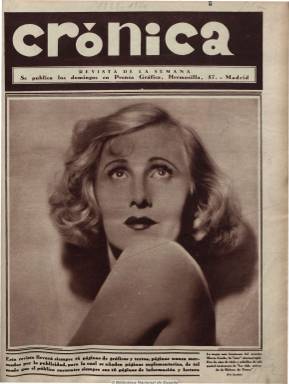
Título: Crónica (Madrid. 1929)
Colección: Revistas de información general
Ámbito geográfico: Madrid
Lugar de publicación: Madrid
Fechas: 17/11/1929-11/12/1938

Una de las revistas gráficas más importantes del periodo y de mayor tirada (hasta los 200.000 ejemplares), que aparece al final de la dictadura de Primo de Rivera junto a Estampa, que había empezado a publicarse un año antes, y con la que establece una competencia directa, desapareciendo ambas en plena guerra civil, en 1938. Fue dirigida por Antonio González Linares (1875-1945), tras su estancia como corresponsal en París, quien aplicó los modelos de los magazines franceses y alemanes ya establecidos, introduciendo en ella las corrientes de vanguardia en la edición y en la profusa utilización de fotografías con escuetos pies de foto.

Impresa en huecograbado, incluía entrevistas, crónicas, reportajes de actualidad e información general, tanto de Madrid y provincias como del extranjero, referentes a viajes, turismo, espectáculos (teatro, cine y toros), deportes (fútbol, ciclismo, boxeo, hípica, automovilismo o natación), arte, literatura (relatos breves), sucesos, vida social y páginas dedicadas especialmente a la mujer (moda y belleza) o a los niños (cuentos o concursos). Esto último contrastaba con la publicación incluso de desnudos femeninos (destape) con un marcado carácter “artístico”, fundamentalmente del fotógrafo vienés Manassé o de Federico Ribas.

Además del abundante material fotográfico y publicitario, en sus páginas va incorporándose la información política, dado el significativo periodo histórico en que se publicó, con un carácter liberal, republicano y más popular que la conservadora Estampa.

Aparecía los domingos a un precio de 20 céntimos, el doble que el de los diarios, que fue incrementando a lo largo de su existencia, así como el número de sus páginas, que de 16, pasó a 24 y después a 40, reduciéndose a las ocho páginas durante la guerra, debido a la escasez de papel.

Entre los fotógrafos aparecen las firmas de Alfonso, Sacedón, Piortix, M. Cortés, Díaz Casariego, Campúa o RASM. Entre los redactores y colaboradores, las de César González Ruano, Edgar Neville,  Braulio Solsona, Antonio Robles, Germán Gómez de la Mata, Juan de Gredos, Fernando Roldán, José de las Casa Pérez, Gil Vicente y Francisco Ramos de Castro.